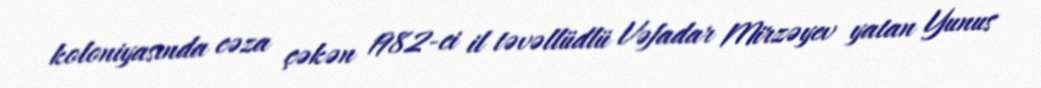
koloniyasında cəza çəkən 1982-ci il təvəllüdlü Vəfadar Mirzəyev yatan Yunus